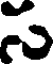
ు